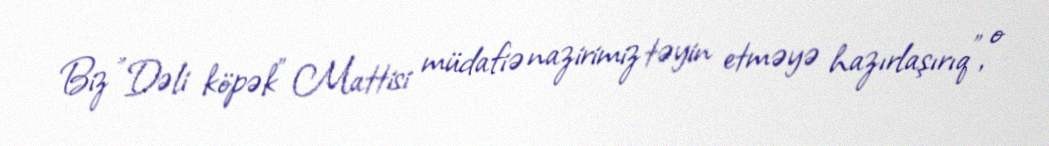
Biz "Dəli köpək" Mattisi müdafiə nazirimiz təyin etməyə hazırlaşırıq", o